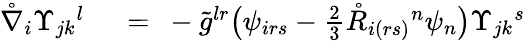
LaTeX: \begin{array}{rl}{\mathring{\nabla}_{i}\Upsilon_{jk}{}^{l}\ }&{{}=\ -\tilde{g}^{lr}\big(\psi_{irs}-\frac 23\mathring{R}_{i(rs)}{}^{n}\psi_{n}\big)\Upsilon_{jk}{}^{s}}\end{array}